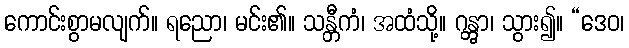
ကောင်းစွာမလျက်။ ရညော၊ မင်း၏။ သန္တီကံ၊ အထံသို့။ ဂန္တွာ၊ သွား၍။ “ဒေဝ၊